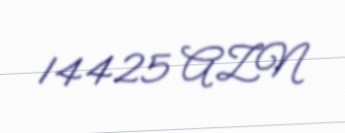
14425 AZN